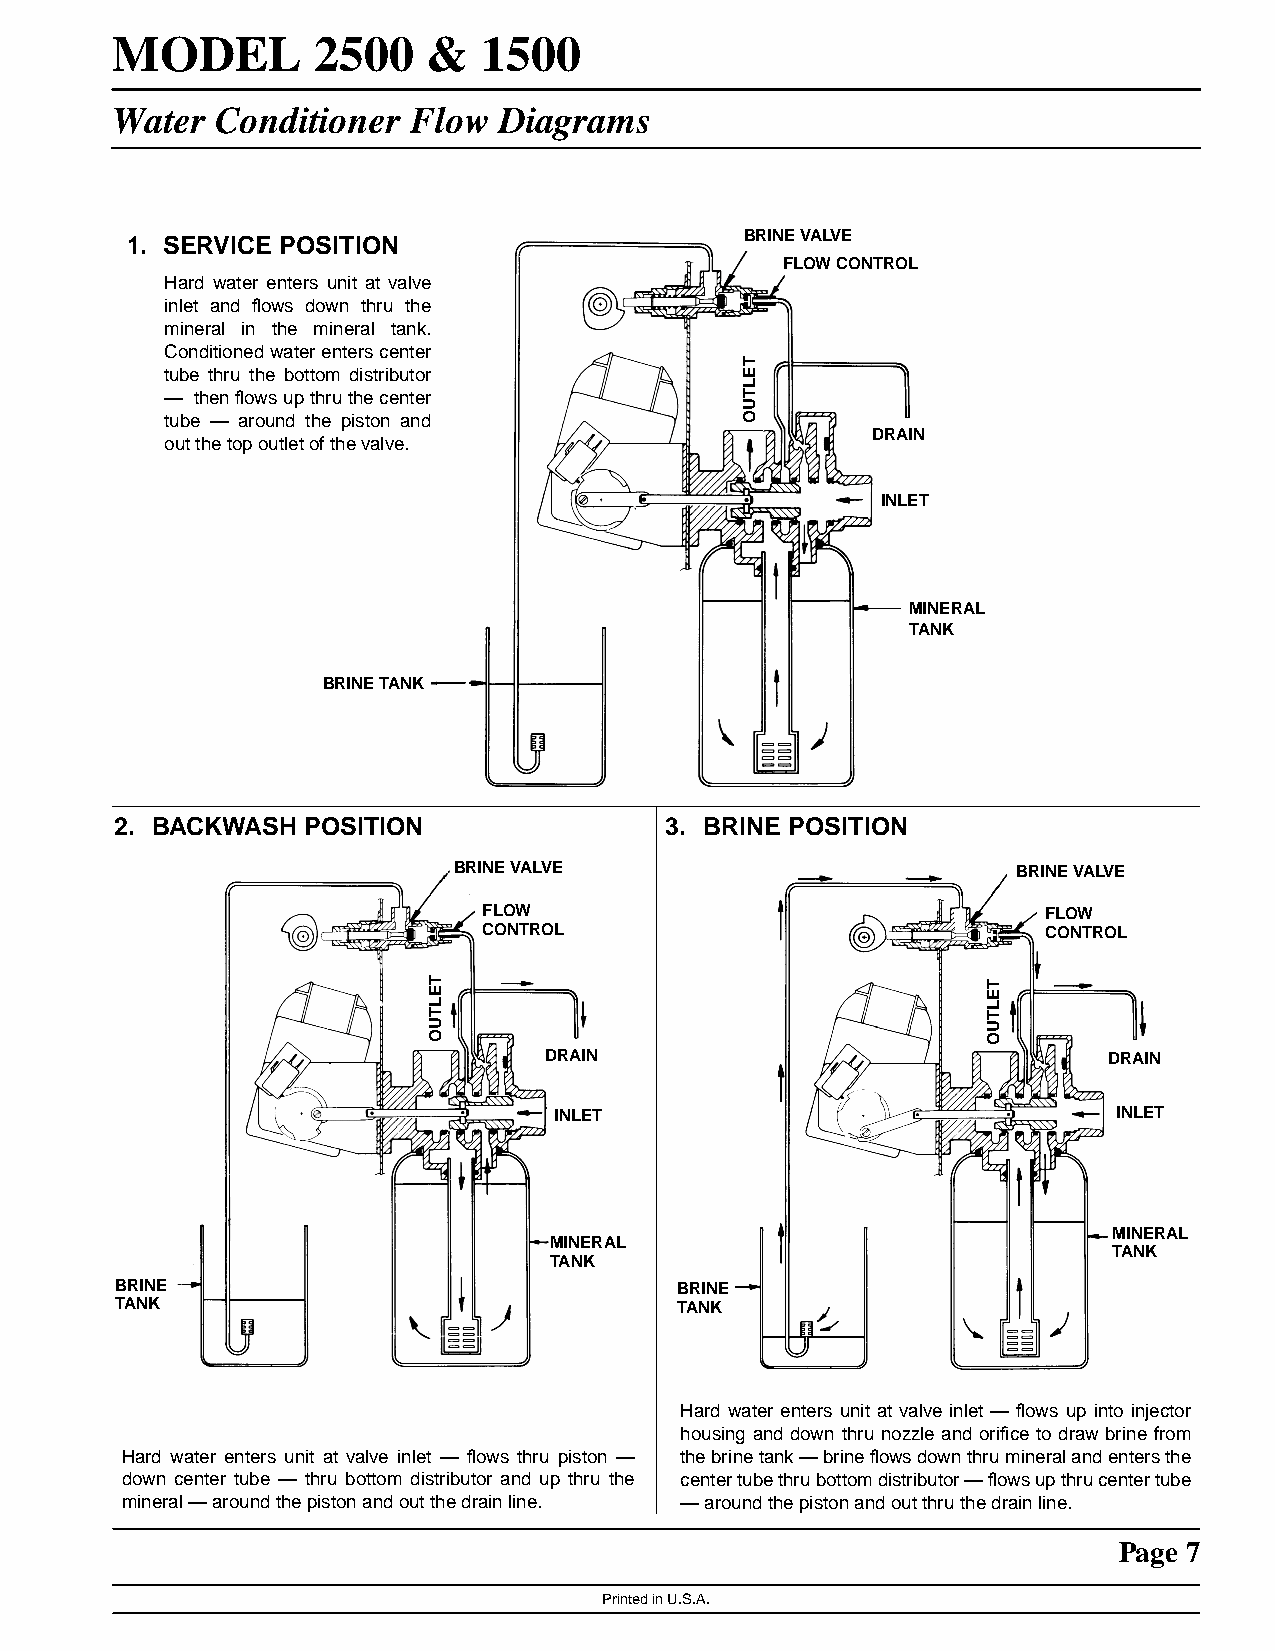
MODEL         2500   &   1500
 Water  Conditioner  Flow  Diagrams
 1. SERVICE POSITION                      BRINE VALVE
 FLOW CONTROL
 Hard water enters unit at valve
 inlet and flows down thru the
 mineral in the mineral tank.
 Conditionedwaterenterscenter
 tube thru the bottom distributor
 — thenflowsupthruthecenter
 tube — around the piston and
 DRAIN
 out the top outlet of the valve.
 INLET
 MINERAL
 TANK
 BRINE TANK
 2. BACKWASH POSITION                3. BRINE POSITION
 BRINE VALVE                          BRINE VALVE
 FLOW                                 FLOW
 CONTROL                              CONTROL
 DRAIN                                DRAIN
 INLET                                INLET
 MINERAL
 MINERAL
 TANK
 TANK
 BRINE                                BRINE
 TANK                                 TANK
 Hard water enters unit at valve inlet — flows up into injector
 housing and down thru nozzle and orifice to draw brine from
 Hard water enters unit at valve inlet — flows thru piston — thebrinetank—brineflowsdownthrumineralandentersthe
 down center tube — thru bottom distributor and up thru the centertubethrubottomdistributor—flowsupthrucentertube
 mineral — around the piston and out the drain line. — around the piston and out thru the drain line.
 Page 7
 Printed in U.S.A.
 TELTUO
 TELTUO
 TELTUO